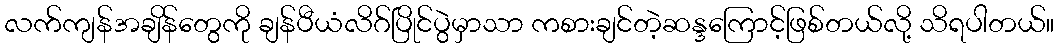
လက်ကျန်အချိန်တွေကို ချန်ပီယံလိဂ်ပြိုင်ပွဲမှာသာ ကစားချင်တဲ့ဆန္ဒကြောင့်ဖြစ်တယ်လို့ သိရပါတယ်။